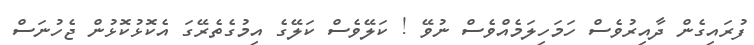
ފުރައިގެން ދާއިރުވެސް ހަމަހިލަމެއްވެސް ނުވޭ ! ކަލޭވެސް ކަލޭގެ އިމުގެތެރޭގަ އެކޮޅުކޮޅުން ޖެހުނަސް